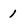
Character: 1